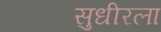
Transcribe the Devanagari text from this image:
सुधीरला